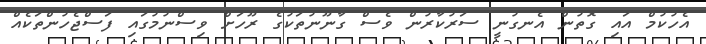
އެހުކުމް އައި ގޮތުން އެނގުނީ ސަރުކާރުން ވެސް ގާނޫނުތަކުގެ ރޫހަށް ވިސްނުމުގައި ފަސްޖެހުންތަކެއް